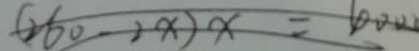
( 2 6 0 - 2 x ) x = 1 0 0 0